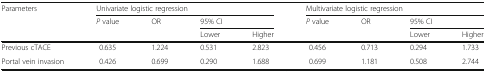
| <ROWSPAN=3> Parameters | <COLSPAN=4> Univariate logistic regression | <COLSPAN=4> Multivariate logistic regression |
 | <ROWSPAN=2> P value | <ROWSPAN=2> OR | <COLSPAN=2> 95% CI | <ROWSPAN=2> P value | <ROWSPAN=2> OR | <COLSPAN=2> 95% CI |
 | Lower | Higher | Lower | Higher |
 | --- | --- | --- | --- | --- | --- | --- | --- | --- |
 | Previous cTACE | 0.635 | 1.224 | 0.531 | 2.823 | 0.456 | 0.713 | 0.294 | 1.733 |
 | Portal vein invasion | 0.426 | 0.699 | 0.290 | 1.688 | 0.699 | 1.181 | 0.508 | 2.744 |